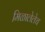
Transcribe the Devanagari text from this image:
मिळालेलेच